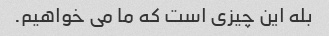
بله این چیزی است که ما می خواهیم.